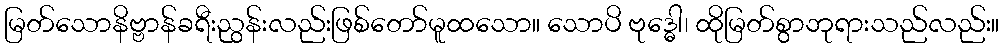
မြတ်သောနိဗ္ဗာန်ခရီးညွန်းလည်းဖြစ်တော်မူထသော။ သောပိ ဗုဒ္ဓေါ၊ ထိုမြတ်စွာဘုရားသည်လည်း။